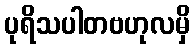
ပုရိသပါတဗဟုလမှိ